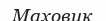
Маховик